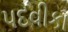
પદવીકા